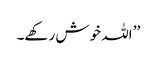
’’ اللہ خوش رکھے۔